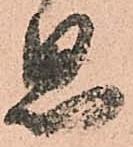
思